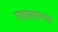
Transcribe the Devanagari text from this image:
पावसावरच्या